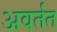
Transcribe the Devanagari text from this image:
अवर्तत